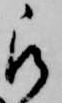
被